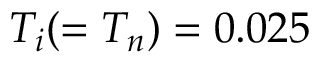
T _ { i } ( = T _ { n } ) = 0 . 0 2 5